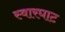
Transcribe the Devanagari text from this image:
स्‍वारघाट